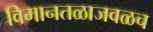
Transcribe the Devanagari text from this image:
विमानतळाजवळच